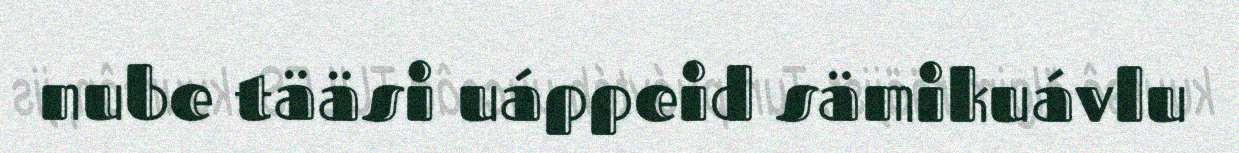
nube tääsi uáppeid sämikuávlu